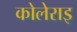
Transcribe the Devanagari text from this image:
कोलेराइ